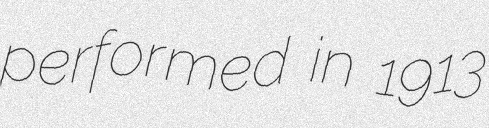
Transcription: performed in 1913